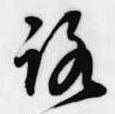
路